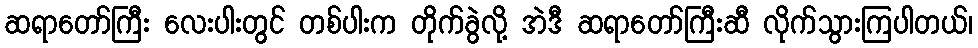
ဆရာတော်ကြီး လေးပါးတွင် တစ်ပါးက တိုက်ခွဲလို့ အဲဒီ ဆရာတော်ကြီးဆီ လိုက်သွားကြပါတယ်၊